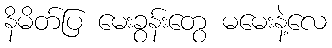
နိမိတ်ပြ မေးခွန်းတွေ မမေးနဲ့လေ